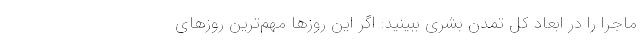
ماجرا را در ابعاد کلِ تمدن بشری ببینید: اگر این روزها مهم‌ترین روزهای